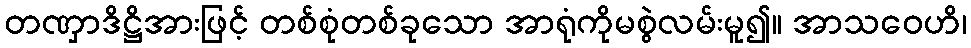
တဏှာဒိဋ္ဌိအားဖြင့် တစ်စုံတစ်ခုသော အာရုံကိုမစွဲလမ်းမူ၍။ အာသဝေဟိ၊